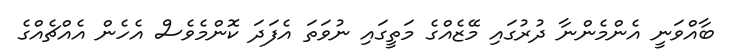
ބާއްވަނީ އެންމެންނާ ދުރުގައި މޭޒެއްގެ މަތީގައި ނުވަތަ އެފަދަ ކޮންމެވެސް އެހެން އެއްޗެއްގެ